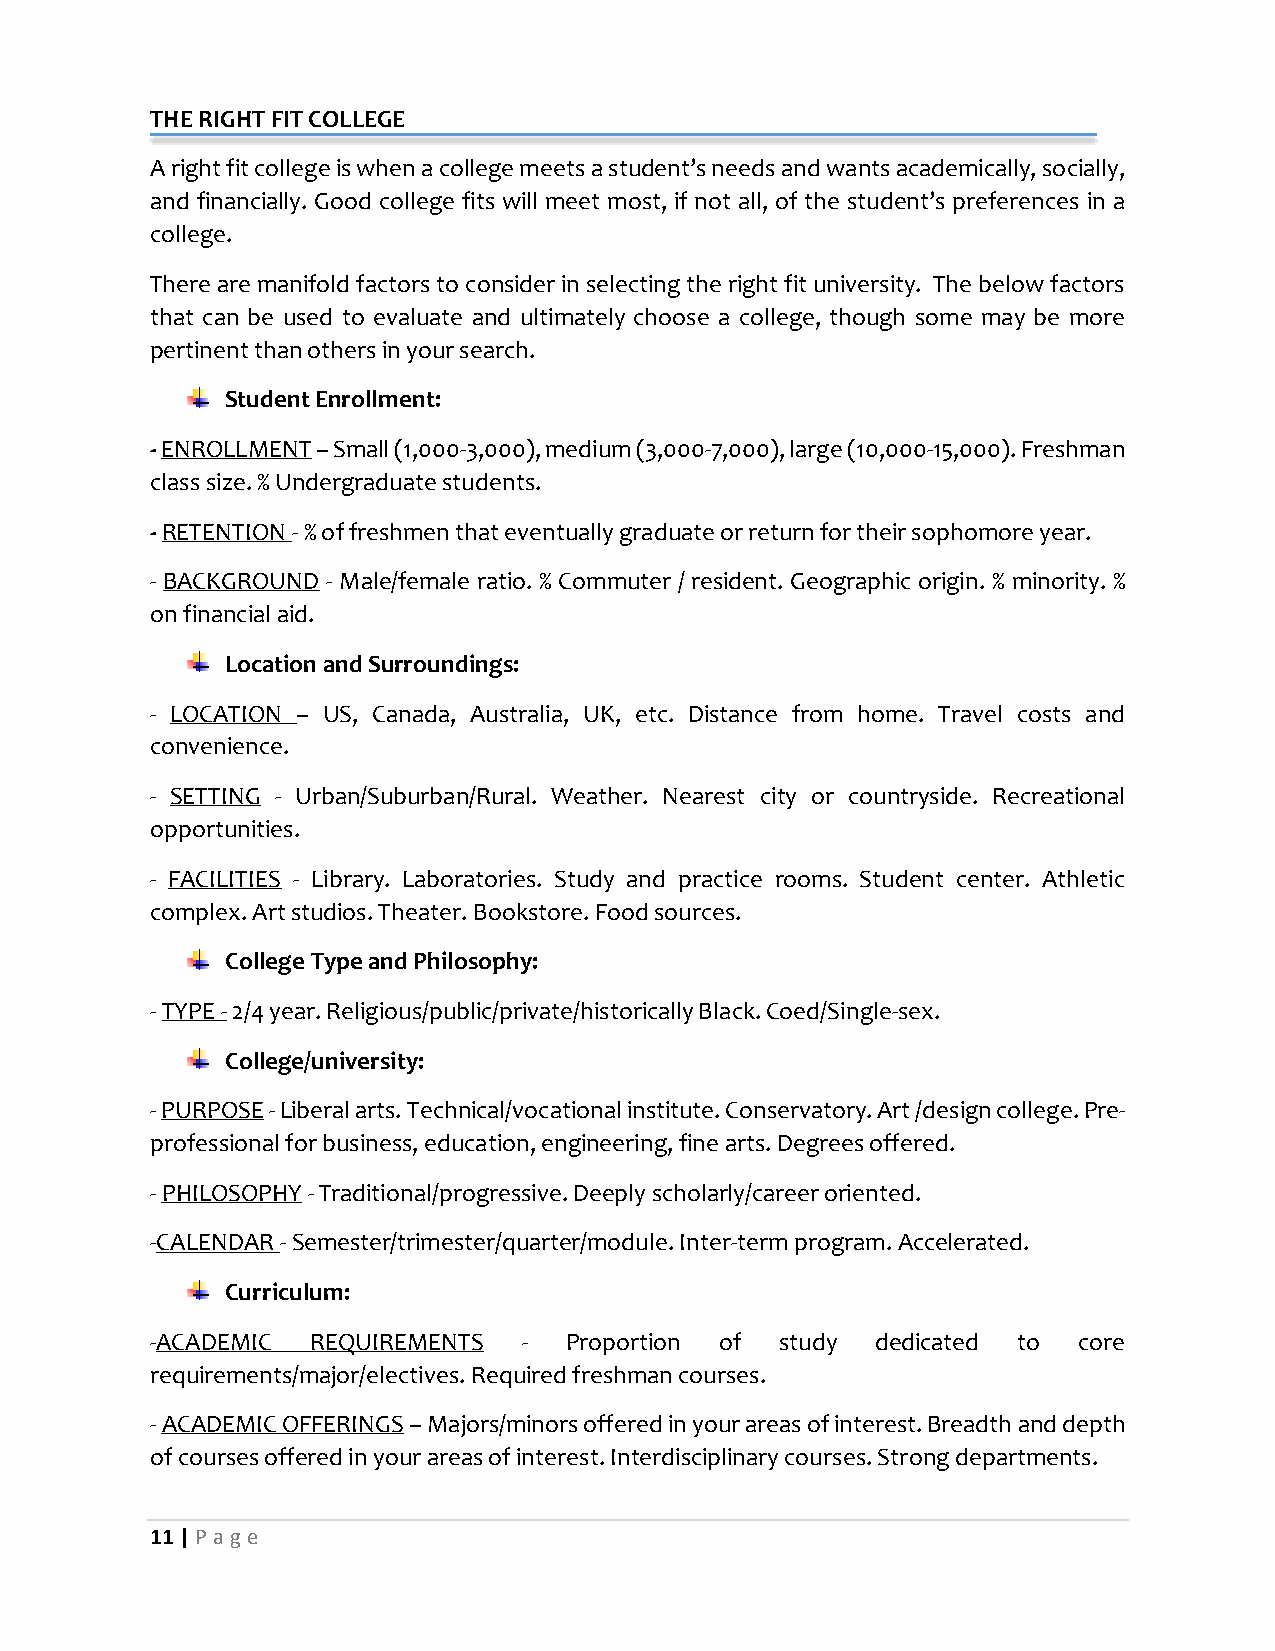
THE RIGHT FIT COLLEGE
 A right fit college is when a college meets a student’s needs and wants academically, socially,
 and financially. Good college fits will meet most, if not all, of the student’s preferences in a
 college.
 There are manifold factors to consider in selecting the right fit university. The below factors
 that can be used to evaluate and ultimately choose a college, though some may be more
 pertinent than others in your search.
 Student Enrollment:
 - ENROLLMENT – Small (1,000-3,000), medium (3,000-7,000), large (10,000-15,000). Freshman
 class size. % Undergraduate students.
 - RETENTION - % of freshmen that eventually graduate or return for their sophomore year.
 - BACKGROUND - Male/female ratio. % Commuter / resident. Geographic origin. % minority. %
 on financial aid.
 Location and Surroundings:
 - LOCATION – US, Canada, Australia, UK, etc. Distance from home. Travel costs and
 convenience.
 - SETTING - Urban/Suburban/Rural. Weather. Nearest city or countryside. Recreational
 opportunities.
 - FACILITIES - Library. Laboratories. Study and practice rooms. Student center. Athletic
 complex. Art studios. Theater. Bookstore. Food sources.
 College Type and Philosophy:
 - TYPE - 2/4 year. Religious/public/private/historically Black. Coed/Single-sex.
 College/university:
 - PURPOSE - Liberal arts. Technical/vocational institute. Conservatory. Art /design college. Pre-
 professional for business, education, engineering, fine arts. Degrees offered.
 - PHILOSOPHY - Traditional/progressive. Deeply scholarly/career oriented.
 -CALENDAR - Semester/trimester/quarter/module. Inter-term program. Accelerated.
 Curriculum:
 -ACADEMIC  REQUIREMENTS  - Proportion of  study dedicated to core
 requirements/major/electives. Required freshman courses.
 - ACADEMIC OFFERINGS – Majors/minors offered in your areas of interest. Breadth and depth
 of courses offered in your areas of interest. Interdisciplinary courses. Strong departments.
 11 | P age